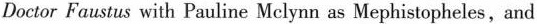
Doctor Faustus with Fauline Mclynn as Mephistopheles,and